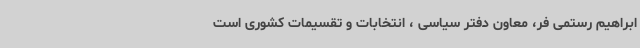
ابراهیم رستمی فر، معاون دفتر سیاسی ، انتخابات و تقسیمات کشوری است